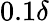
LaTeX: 0.1\delta